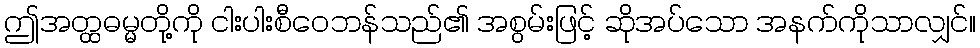
ဤအတ္ထဓမ္မတို့ကို ငါးပါးစီဝေဘန်သည်၏ အစွမ်းဖြင့် ဆိုအပ်သော အနက်ကိုသာလျှင်။